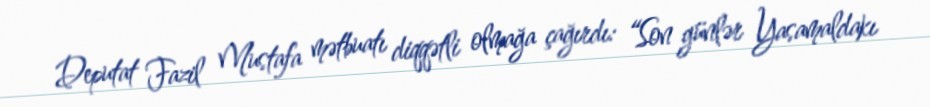
Deputat Fazil Mustafa mətbuatı diqqətli olmağa çağırdı: “Son günlər Yasamaldakı